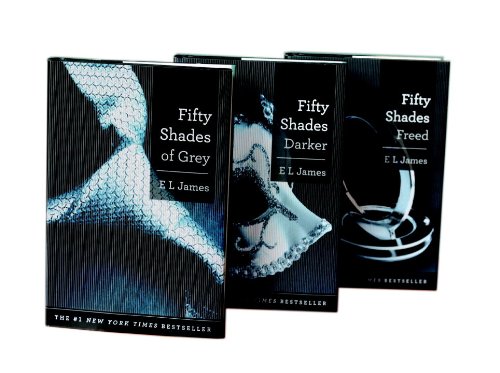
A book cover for Fifty Shades Trilogy Shrinkwrapped Set (Deckle Edge); E L James; Romance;